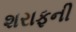
શરાફની